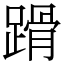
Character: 𨃴